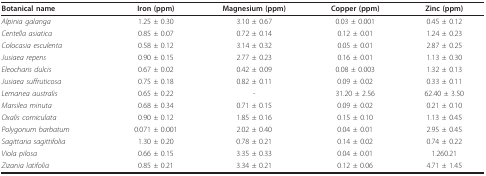
<table><thead><tr><td><b>Botanical name</b></td><td><b>Iron (ppm)</b></td><td><b>Magnesium (ppm)</b></td><td><b>Copper (ppm)</b></td><td><b>Zinc (ppm)</b></td></tr></thead><tbody><tr><td><i>Alpinia galanga</i></td><td>1.25 ± 0.30</td><td>3.10 ± 0.67</td><td>0.03 ± 0.001</td><td>0.45 ± 0.12</td></tr><tr><td><i>Centella asiatica</i></td><td>0.85 ± 0.07</td><td>0.72 ± 0.14</td><td>0.12 ± 0.01</td><td>1.24 ± 0.23</td></tr><tr><td><i>Colocasia esculenta</i></td><td>0.58 ± 0.12</td><td>3.14 ± 0.32</td><td>0.05 ± 0.01</td><td>2.87 ± 0.25</td></tr><tr><td><i>Jusiaea repens</i></td><td>0.90 ± 0.15</td><td>2.77 ± 0.23</td><td>0.16 ± 0.01</td><td>1.13 ± 0.30</td></tr><tr><td><i>Eleocharis dulcis</i></td><td>0.67 ± 0.02</td><td>0.42 ± 0.09</td><td>0.08 ± 0.003</td><td>1.32 ± 0.13</td></tr><tr><td><i>Jusiaea suffruticosa</i></td><td>0.75 ± 0.18</td><td>0.82 ± 0.11</td><td>0.09 ± 0.02</td><td>0.33 ± 0.11</td></tr><tr><td><i>Lemanea australis</i></td><td>0.65 ± 0.22</td><td>-</td><td>31.20 ± 2.56</td><td>62.40 ± 3.50</td></tr><tr><td><i>Marsilea minuta</i></td><td>0.68 ± 0.34</td><td>0.71 ± 0.15</td><td>0.09 ± 0.02</td><td>0.21 ± 0.10</td></tr><tr><td><i>Oxalis corniculata</i></td><td>0.90 ± 0.12</td><td>1.85 ± 0.16</td><td>0.15 ± 0.10</td><td>1.13 ± 0.45</td></tr><tr><td><i>Polygonum barbatum</i></td><td>0.071 ± 0.001</td><td>2.02 ± 0.40</td><td>0.04 ± 0.01</td><td>2.95 ± 0.45</td></tr><tr><td><i>Sagittaria sagittifolia</i></td><td>1.30 ± 0.20</td><td>0.78 ± 0.21</td><td>0.14 ± 0.02</td><td>0.74 ± 0.22</td></tr><tr><td><i>Viola pilosa</i></td><td>0.66 ± 0.15</td><td>3.35 ± 0.33</td><td>0.04 ± 0.01</td><td>1.260.21</td></tr><tr><td><i>Zizania latifolia</i></td><td>0.85 ± 0.21</td><td>3.34 ± 0.21</td><td>0.12 ± 0.06</td><td>4.71 ± 1.45</td></tr></tbody></table>